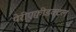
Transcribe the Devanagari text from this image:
पेरीएक्वीडक्टल